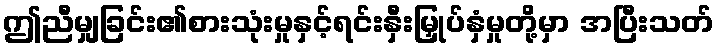
ဤညီမျှခြင်း၏စားသုံးမှုနှင့်ရင်းနှီးမြှုပ်နှံမှုတို့မှာ အပြီးသတ်